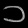
Digit: ၁